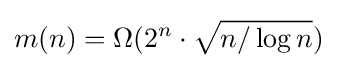
m(n)=\Omega (2^{n}\cdot {\sqrt {n/\log n}})